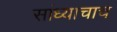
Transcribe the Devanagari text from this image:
सांध्याचाच